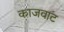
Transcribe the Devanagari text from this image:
काजवाट